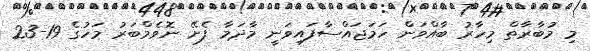
މި މުބާރާތް މިހާރު ބާއްވަން ހަމަޖައްސާފައިވަނީ މާދަމާ ފެށޭ ނޮވެމްބަރު މަހުގެ 19-23